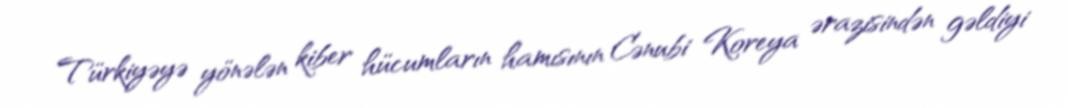
Türkiyəyə yönələn kiber hücumların hamısının Cənubi Koreya ərazisindən gəldiyi